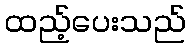
ထည့်ပေးသည်